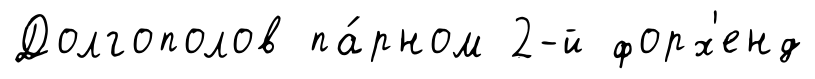
Долгополов па́рном 2-й форх'енд